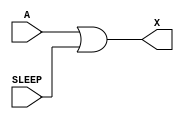
module sky130_fd_sc_hdll__inputiso1p_4 (
    X    ,
    A    ,
    SLEEP
);
    output X    ;
    input  A    ;
    input  SLEEP;
    or  or0  (X     , A, SLEEP       );
endmodule